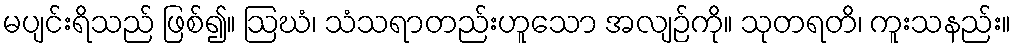
မပျင်းရိသည် ဖြစ်၍။ ဩဃံ၊ သံသရာတည်းဟူသော အလျဉ်ကို။ သုတရတိ၊ ကူးသနည်း။